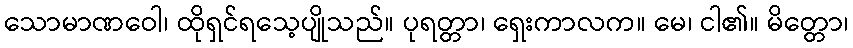
သောမာဏဝေါ၊ ထိုရှင်ရသေ့ပျိုသည်။ ပုရတ္တာ၊ ရှေးကာလက။ မေ၊ ငါ၏။ မိတ္တော၊